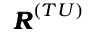
{ \pmb R } ^ { ( T U ) }